Leaving Certificate Examination (including Day School Certificate (Higher) General paper), 1938
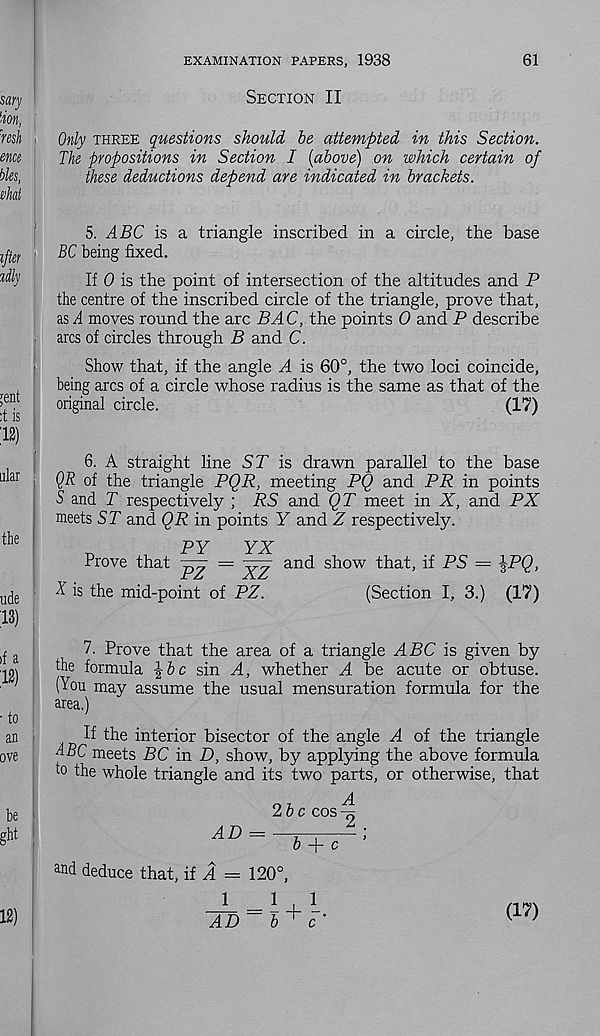
EXAMINATION PAPERS, 1938
61
Section II
Only three questions should be attempted in this Section.
The propositions in Section I {above) on which certain of
these deductions depend are indicated in brackets.
5. ABC is a triangle inscribed in a circle, the base
BC being fixed.
If 0 is the point of intersection of the altitudes and P
the centre of the inscribed circle of the triangle, prove that,
as A moves round the arc BAC, the points 0 and P describe
arcs of circles through B and C.
Show that, if the angle A is 60°, the two loci coincide,
being arcs of a circle whose radius is the same as that of the
original circle.
(17)
6. A straight line ST is drawn parallel to the base
QR of the triangle PQR, meeting PQ and PR in points
S and T respectively ; RS and QT meet in X, and PX
meets ST and QR in points Y and Z respectively.
^
,
PY
YX
Prove that ^
^
X is the mid-point of PZ.
and show that, if PS = \PQ,
(Section I, 3.) (17)
7. Prove that the area of a triangle ABC is given by
the formula b c sin A, whether A be acute or obtuse.
(You may assume the usual mensuration formula for the
area.)
If the interior bisector of the angle A of the triangle
ABC meets BC in D, show, by applying the above formula
to the whole triangle and its two parts, or otherwise, that
AD =
2b c cos
b A- c
and deduce that, if A = 120°,
1 _ 1
AD~ b
(17)